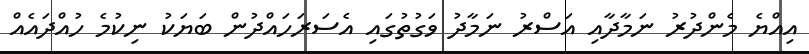
އިއްޔެ މެންދުރު ނަމާދާއި އަސްރު ނަމާދު ވަގުތުގައި އެސަރަހައްދުން ބަޔަކު ނިކުމެ ހުއްދައެއް